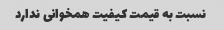
نسبت به قیمت کیفیت همخوانی ندارد